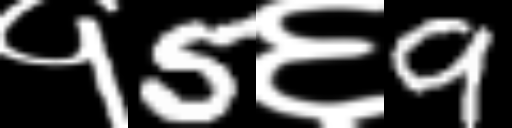
Text: १5६9